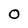
Character: 0